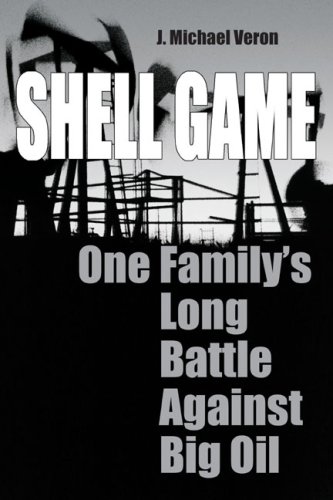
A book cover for Shell Game: One Family's Long Battle Against Big Oil; Michael Veron; Law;